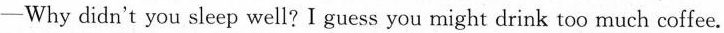
-Why didn't you sleep well?I guess you might drink too much coffee.